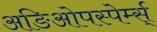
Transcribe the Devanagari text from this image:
अङिओपस्पेर्म्स्